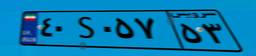
۸۸S۸۰۳۹۸